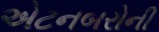
એટનબરોની